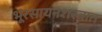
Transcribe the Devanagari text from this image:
भूरसायनशस्त्रात